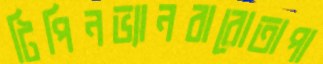
টিপিনভ্যানবারোতাপা